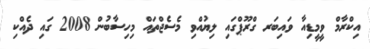
އިކްރާމް ވީމީޑިއާ ވައިބަރ ގްރޫޕްގައި ލިޔުއްވި މެސެޖްތައް މިހިސާބުން 2008 ގައި ދެއްކި